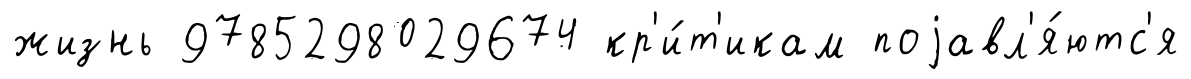
жизнь 9785298029674 кр'и́т'икам поjавл'я́ютс'я